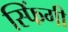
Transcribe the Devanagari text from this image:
स्फिंगी